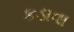
કડાવા